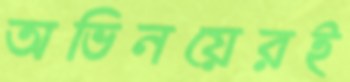
অভিনয়েরই